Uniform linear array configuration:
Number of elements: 4
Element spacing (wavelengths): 0.75
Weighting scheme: binomial
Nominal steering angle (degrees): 15
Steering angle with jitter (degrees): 15.119
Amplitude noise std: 0.05
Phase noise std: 0.05

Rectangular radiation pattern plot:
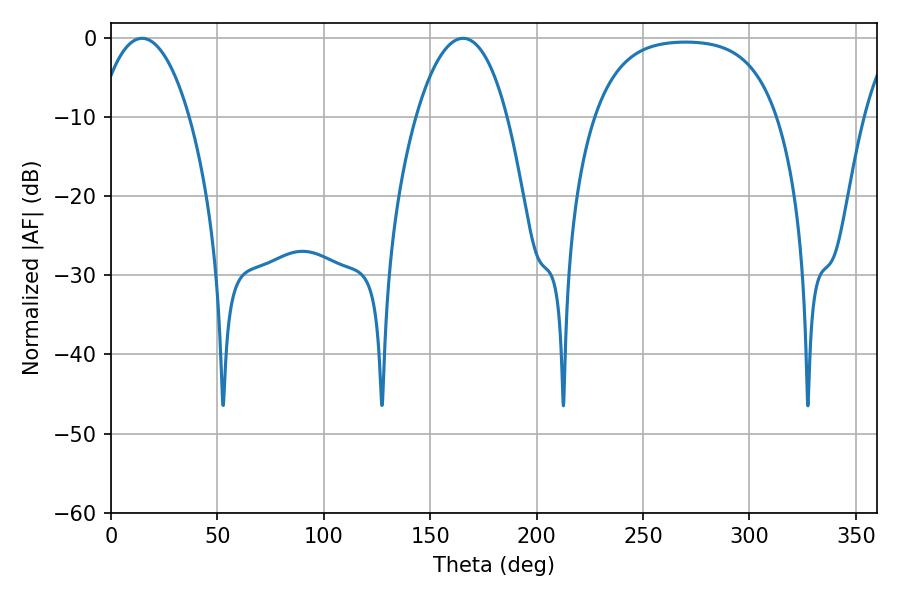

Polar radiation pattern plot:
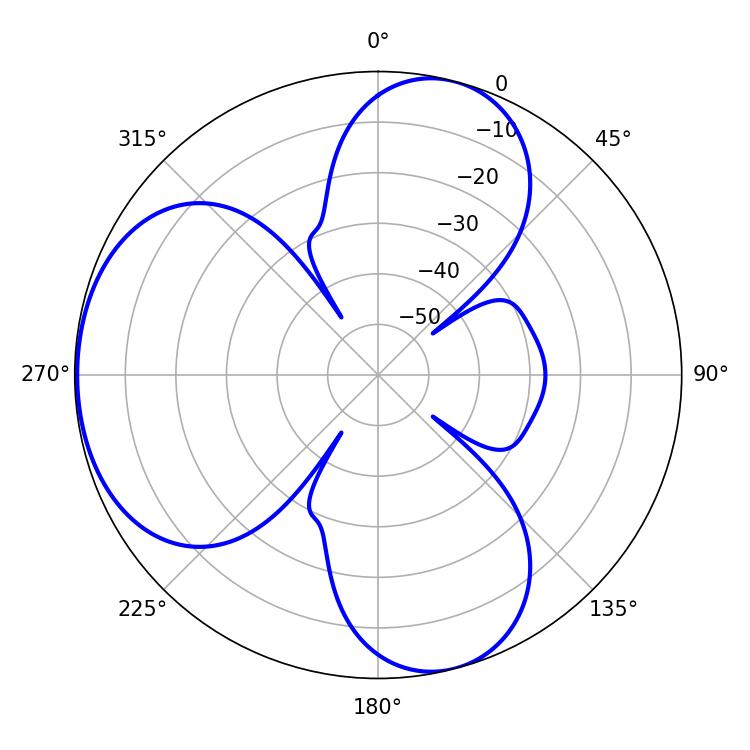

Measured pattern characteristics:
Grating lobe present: TRUE
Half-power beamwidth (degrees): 23.94
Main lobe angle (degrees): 14.58